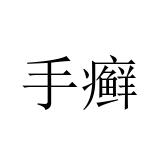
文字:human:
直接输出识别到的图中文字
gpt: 手癣